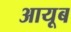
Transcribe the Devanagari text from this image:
आयूब